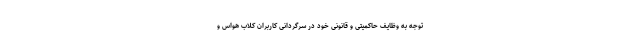
توجه به وظایف حاکمیتی و قانونی خود در سرگردانی کاربران کلاب هواس و